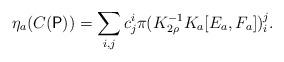
LaTeX: \begin{align*}\eta_{a}(C(\mathsf{P}))=\sum_{i,j}c_{j}^{i}\pi(K_{2\rho}^{-1}K_{a}[E_{a},F_{a}])_{i}^{j}.\end{align*}